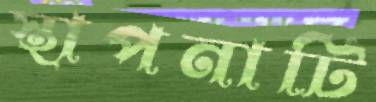
স্থাপনাটি